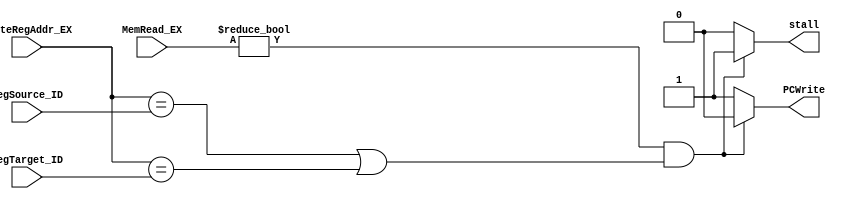
`timescale 1ns / 1ps

module HazardDetection( //load-use
    input [4:0] RegSource_ID,
    input [4:0] RegTarget_ID,
    input [4:0] WriteRegAddr_EX,
    input [2:0] MemRead_EX,
    output reg PCWrite,
    output reg stall
    );
    
    // EX  load  load 
// ID 
    always @(*) begin
        if((MemRead_EX != 3'b000) && ((WriteRegAddr_EX == RegSource_ID) || (WriteRegAddr_EX == RegTarget_ID))) begin 
            stall = 1; //
            PCWrite = 0; //PC
        end else begin
            stall = 0;
            PCWrite = 1;
        end
    end
            
    
endmodule